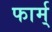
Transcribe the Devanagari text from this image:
फार्म्